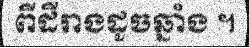
ពីដីរាងដូចឆ្នាំង ។